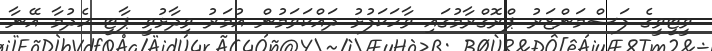
ވީޓީވީގެ ފަސްމަންޒަރު ޕްރޮގްރާމުގައި ވާހަކަފުޅު ދައްކަވަމުން އުމަރު ވިދާޅުވީ ޕާޓީ ހެދުމާ އޭނާ